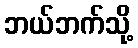
ဘယ်ဘက်သို့